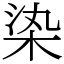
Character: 𣑱